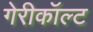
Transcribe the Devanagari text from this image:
गेरीकॉल्ट